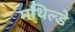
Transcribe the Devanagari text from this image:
मथिल्डे